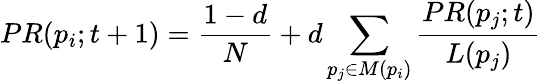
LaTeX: PR(p_{i};t+1)={\frac{1-d}{N}}+d\sum_{p_{j}\in M(p_{i})}{\frac{PR(p_{j};t)}{L(p_{j})}}